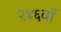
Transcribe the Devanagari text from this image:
२४६वाँ